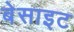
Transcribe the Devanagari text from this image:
बेसाइट